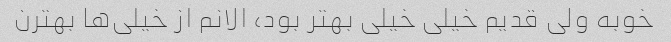
خوبه ولی قدیم خیلی خیلی بهتر بود، الانم از خیلی‌ها بهترن